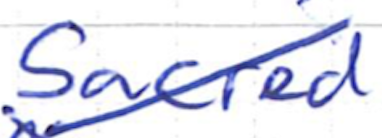
Text: Sacred
Cross-out: diagonal
Writing tool: ballpoint